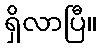
ရှိလာပြီ။